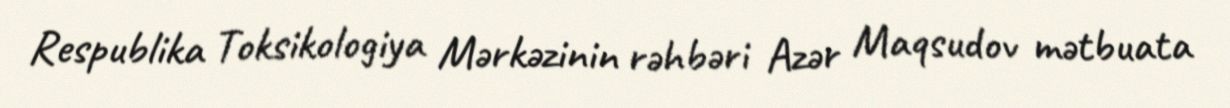
Respublika Toksikologiya Mərkəzinin rəhbəri Azər Maqsudov mətbuata